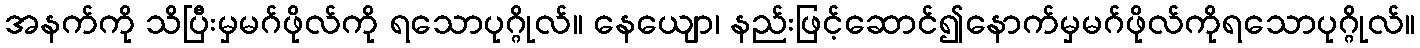
အနက်ကို သိပြီးမှမဂ်ဖိုလ်ကို ရသောပုဂ္ဂိုလ်။ နေယျော၊ နည်းဖြင့်ဆောင်၍နောက်မှမဂ်ဖိုလ်ကိုရသောပုဂ္ဂိုလ်။